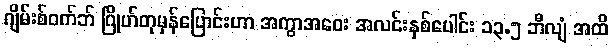
ဂျိမ်းစ်ဝက်ဘ် ဂြိုဟ်တုမှန်ပြောင်းဟာ အကွာအဝေး အလင်းနှစ်ပေါင်း ၁၃.၅ ဘီလျံ အထိ